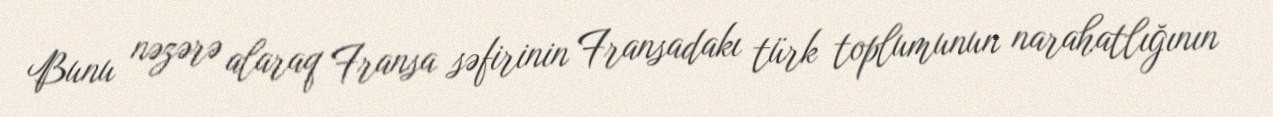
Bunu nəzərə alaraq Fransa səfirinin Fransadakı türk toplumunun narahatlığının